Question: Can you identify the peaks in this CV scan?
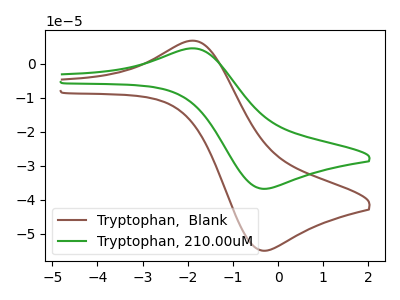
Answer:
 <answer>The brown curve "Tryptophan,  Blank" has an anodic peak at (-1.85V, 6.75uA) and a cathodic peak at (-0.35V, -55.00uA). The green curve "Tryptophan, 210.00uM" has an anodic peak at (-1.85V, 4.50uA) and a cathodic peak at (-0.35V, -36.80uA).</answer>
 <eval></eval>